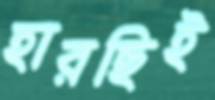
হারছিই